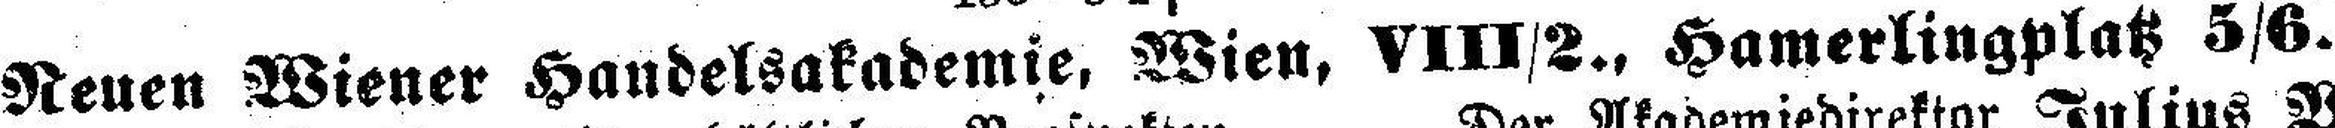
Neuen Wiener Handelsakademie, Wien, VIII/2., Hamerlingplatz 5/6.